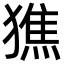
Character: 㺘